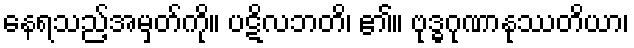
နေရသည့်အမှတ်ကို။ ပဋိလဘတိ၊ ၏။ ဗုဒ္ဓဂုဏာနုဿတိယာ၊